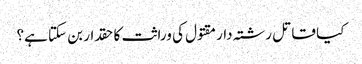
کیا قاتل رشتہ دار مقتول کی وراثت کا حقدار بن سکتا ہے؟